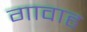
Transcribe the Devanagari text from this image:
गावाह